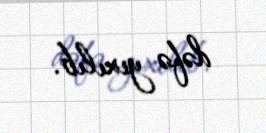
dəfə yıxılıb.